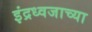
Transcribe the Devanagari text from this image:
इंद्रध्वजाच्या